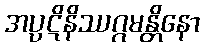
အပ္ပဋိနိဿဂ္ဂမန္တိနော